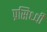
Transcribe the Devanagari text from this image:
प्रसिध्‍धी